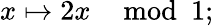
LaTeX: x\mapsto 2x\mod 1;